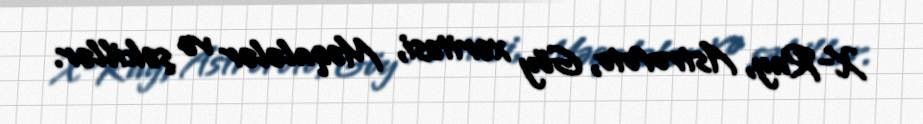
X-Ray, Astrofoto, Göy xəritəsi, Məqalələr və şəkillər.